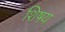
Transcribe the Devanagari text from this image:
शिषय